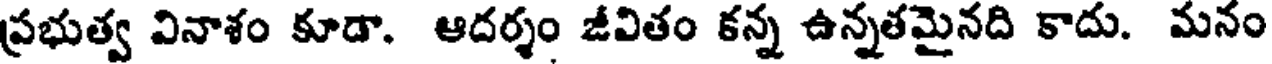
ప్రభుత్వ వినాశం కూడా. ఆదర్శం జీవితం కన్న ఉన్నతమైనది కాదు. మనం